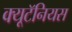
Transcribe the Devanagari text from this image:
क्यूटॅनियस